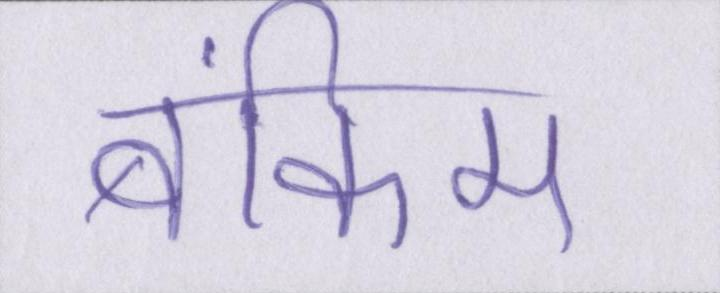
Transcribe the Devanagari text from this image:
बंकिम